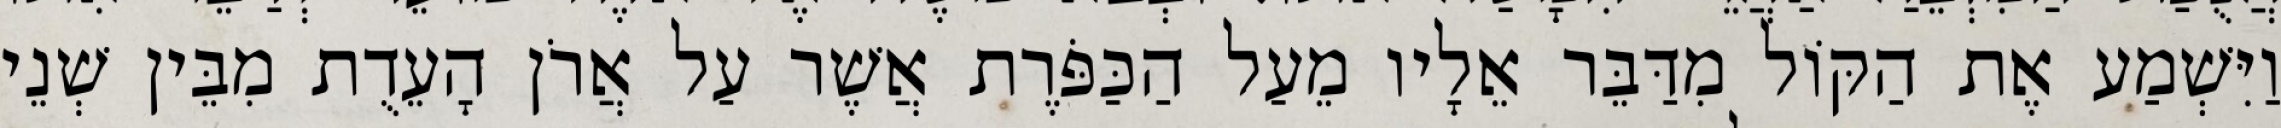
וַיִּשְׁמַע אֶת הַקּוֹל מִדַּבֵּר אֵלָיו מֵעַל הַכַּפֹּרֶת אֲשֶׁר עַל אֲרֹן הָעֵדֻת מִבֵּין שְׁנֵי